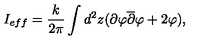
I _ { e f f } = \frac { k } { 2 \pi } \int d ^ { 2 } z ( \partial \varphi \overline { { \partial } } \varphi + 2 \varphi ) ,